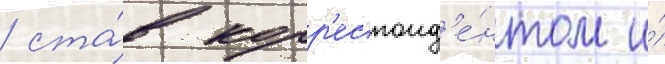
/ ста́в корр'еспонд'е́нтом и́